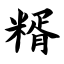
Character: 糈